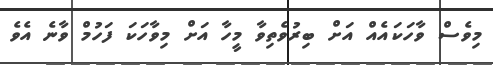
މިވެސް ވާހަކައެއް އަށް ބިރުވެތިވާ މީހާ އަށް މިވާހަކަ ފަހުމް ވާނެ އެވެ